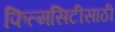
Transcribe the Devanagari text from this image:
फिल्मसिटीसाठी